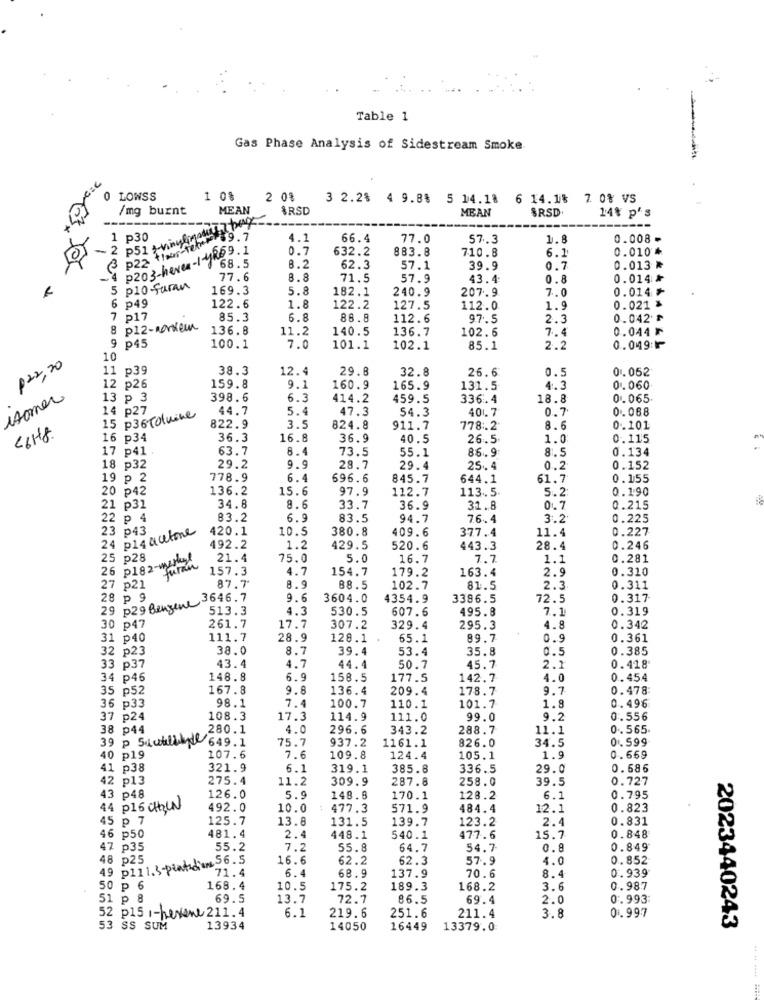
Table 1
Gas Phase Analysis of Sidestream Smoke
0 LOWSS
1 0%
2 0%
3 2.2%
4 9.8% 5 14.18 6 14.1% 7 0% VS
/mg burnt
MEAN
ARSD
MEAN
SRSD
in bag
14% p's
PZ2 than-teher $19. 7
P30
4.1
66.4
77.0
57.3
1.8
0.008-
= 2 p51 +v
P203-heves-1-yRo9.1
0.7
632.2
883.8
710.8
6.1
0.010 *
. 68.5
8.2
62.3
57.1
39.9
0.7
0.013 ₦
4
77.6
8.8
71.5
57.9
43.4:
0.8
0.014 ₦
5 p10-faran
169.3
5.8
182.1
240.9
207.9
7.0
0.014 ৳
0.021 %
p49
122.6
1.8
122.2
127.5
112.0
1.9
1234567
P17
85.3
6.8
88.8
112.6
97.5
2.3
0.042 ₱
8 p12-workeur
136.8
11.2
140.5
136.7
102.6
7.4
0.044 I
9 p45
100.1
7.0
101.1
102.1
85.1
2.2
0.049:
10
p22,20
11 p39
38.3
12.4
29.8
32.8
26.6
0.5
0.052
12 p26
159.8
9.1
160.9
165.9
131.5
4.3
0.060
isomer
13 p 3
398.6
6.3
414.2
459.5
336.4
18.8
0.065
14 p27
44.7
5.4
47.3
54.3
401.7
0.7
0.088
15 p36 Tolvine
3.5
<6Hg
822.9
824.8
911.7
778.2
8.6
0.101
16 p34
36.3
16.8
36.9
40.5
26.5
1.0
0.115
17 p41.
63.7
8.4
73.5
55.1
86.9
8.5
0.134
18 p32
29.2
9.9
28.7
29.4
25.4
0.2
0.152
19 p 2
778.9
6.4
696.6
845.7
644.1
61.7
0.155
20 p42
136.2
15.6
97.9
112.7
113.5.
5.2
0.190
21 p31
34.8
8.6
33.7
36.9
31.8
01.7
0.215
22 p 4
83.2
6.9
83.5
94.7
76.4
3.2
0.225
23 p43
420.1
10.5
380.8
409.6
377.4
11.4
0.227
24 p14 acetone
192.2
1.2
429.5
520.6
443.3
28.4
0.246
25 p28
26 p182-market
21.4
75.0
5.0
16.7
7.7
1.1
0.281
Juran
157.3
4.7
154.7
179.2
163.4
2.9
0.310
27 p21
87.7
8.9
88.5
102.7
81.5
2.3
0.311
28 p 9
3646.7
9.6
3604.0
4354.9
3396.5
72.5
0.317
29 p29 Benzene
513.3
4.3
530.5
607.6
495.8
7.1
0.319
30 p47
261.7
17.7
307.2
329.4
295.3
4.8
0.342
31 p40
111.7
28.9
128.1
65.1
89.7
0.9
0.361
32 p23
38.0
8.7
39.4
53.4
35.8
0.385
0.5
0.418
33 p37
43.4
4.7
44.4
50.7
45.7
2.1
34 p46
148.8
6.9
158.5
177.5
142.7
4.0
0.454
35 p52
167.8
9.8
136.4
209.4
178.7
9.7
0.478
98.1
7.4
1.8
0.496
36 p33
100.7
110.1
101.7
37 p24
108.3
17.3
114.9
111.0
99.0
9.2
0.556
38 p44
280.1
4.0
296.6
343.2
288.7
11.1
0. 565
39 p Sautiline 649.1
75.7
937.2
1161.1
826.0
34.5
0 .599
40 p19
107.6
7.6
109.8
124.4
105.1
1.9
0.669
41 p38
321.9
6.1
319.1
385.8
336.5
29.0
0.586
42 p13
275.4
11.2
309.9
287.8
258.0
39.5
0.727
43 p48
126.0
5.9
148.8
170.1
128.2
6.
0.795
44 p16 CHOWN
492.0
10.0
477.3
571.9
484.4
12.1
0.823
45 p 7
125.7
13.8
131.5
139.7
123.2
2.4
0.831
46 p50
481.4
2.4
448.1
540.1
477.6
15.7
0.848
47 p35
55.2
7.2
55.8
64.7
54.7
0.8
0.849
49 p111.3-pind' 56.5
48 p25
16.6
62.2
62.3
57.9
4.0
0.852
71.4
6.
68.9
0.939
137.9
70.6
8.4
50 p 6
168.4
10.5
175.2
189.3
168.2
3.6
0.987
51 p 8
69.5
13.7
72.7
86.5
69.4
2.0
0.993
52 p15 ,- hexone 211.4
6.1
219.6
251.6
211.4
3.8
0.997
53 SS SUM
13934
14050
16449
13379.0
2023440243